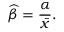
{ \widehat { \beta } } = { \frac { \alpha } { \bar { x } } } .